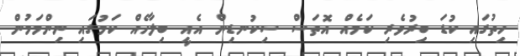
ހިތުގައި ކުޑަ ބިރުވެރި ކަމެއް އޮތަސް ސިކުނޑިން އެއީ ބިލާހެއް ކަމުގައި ނިންމަމުން